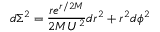
d \Sigma ^ { 2 } = \frac { r e ^ { r / 2 M } } { 2 M U ^ { 2 } } d r ^ { 2 } + r ^ { 2 } d \phi ^ { 2 }